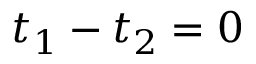
t _ { 1 } - t _ { 2 } = 0